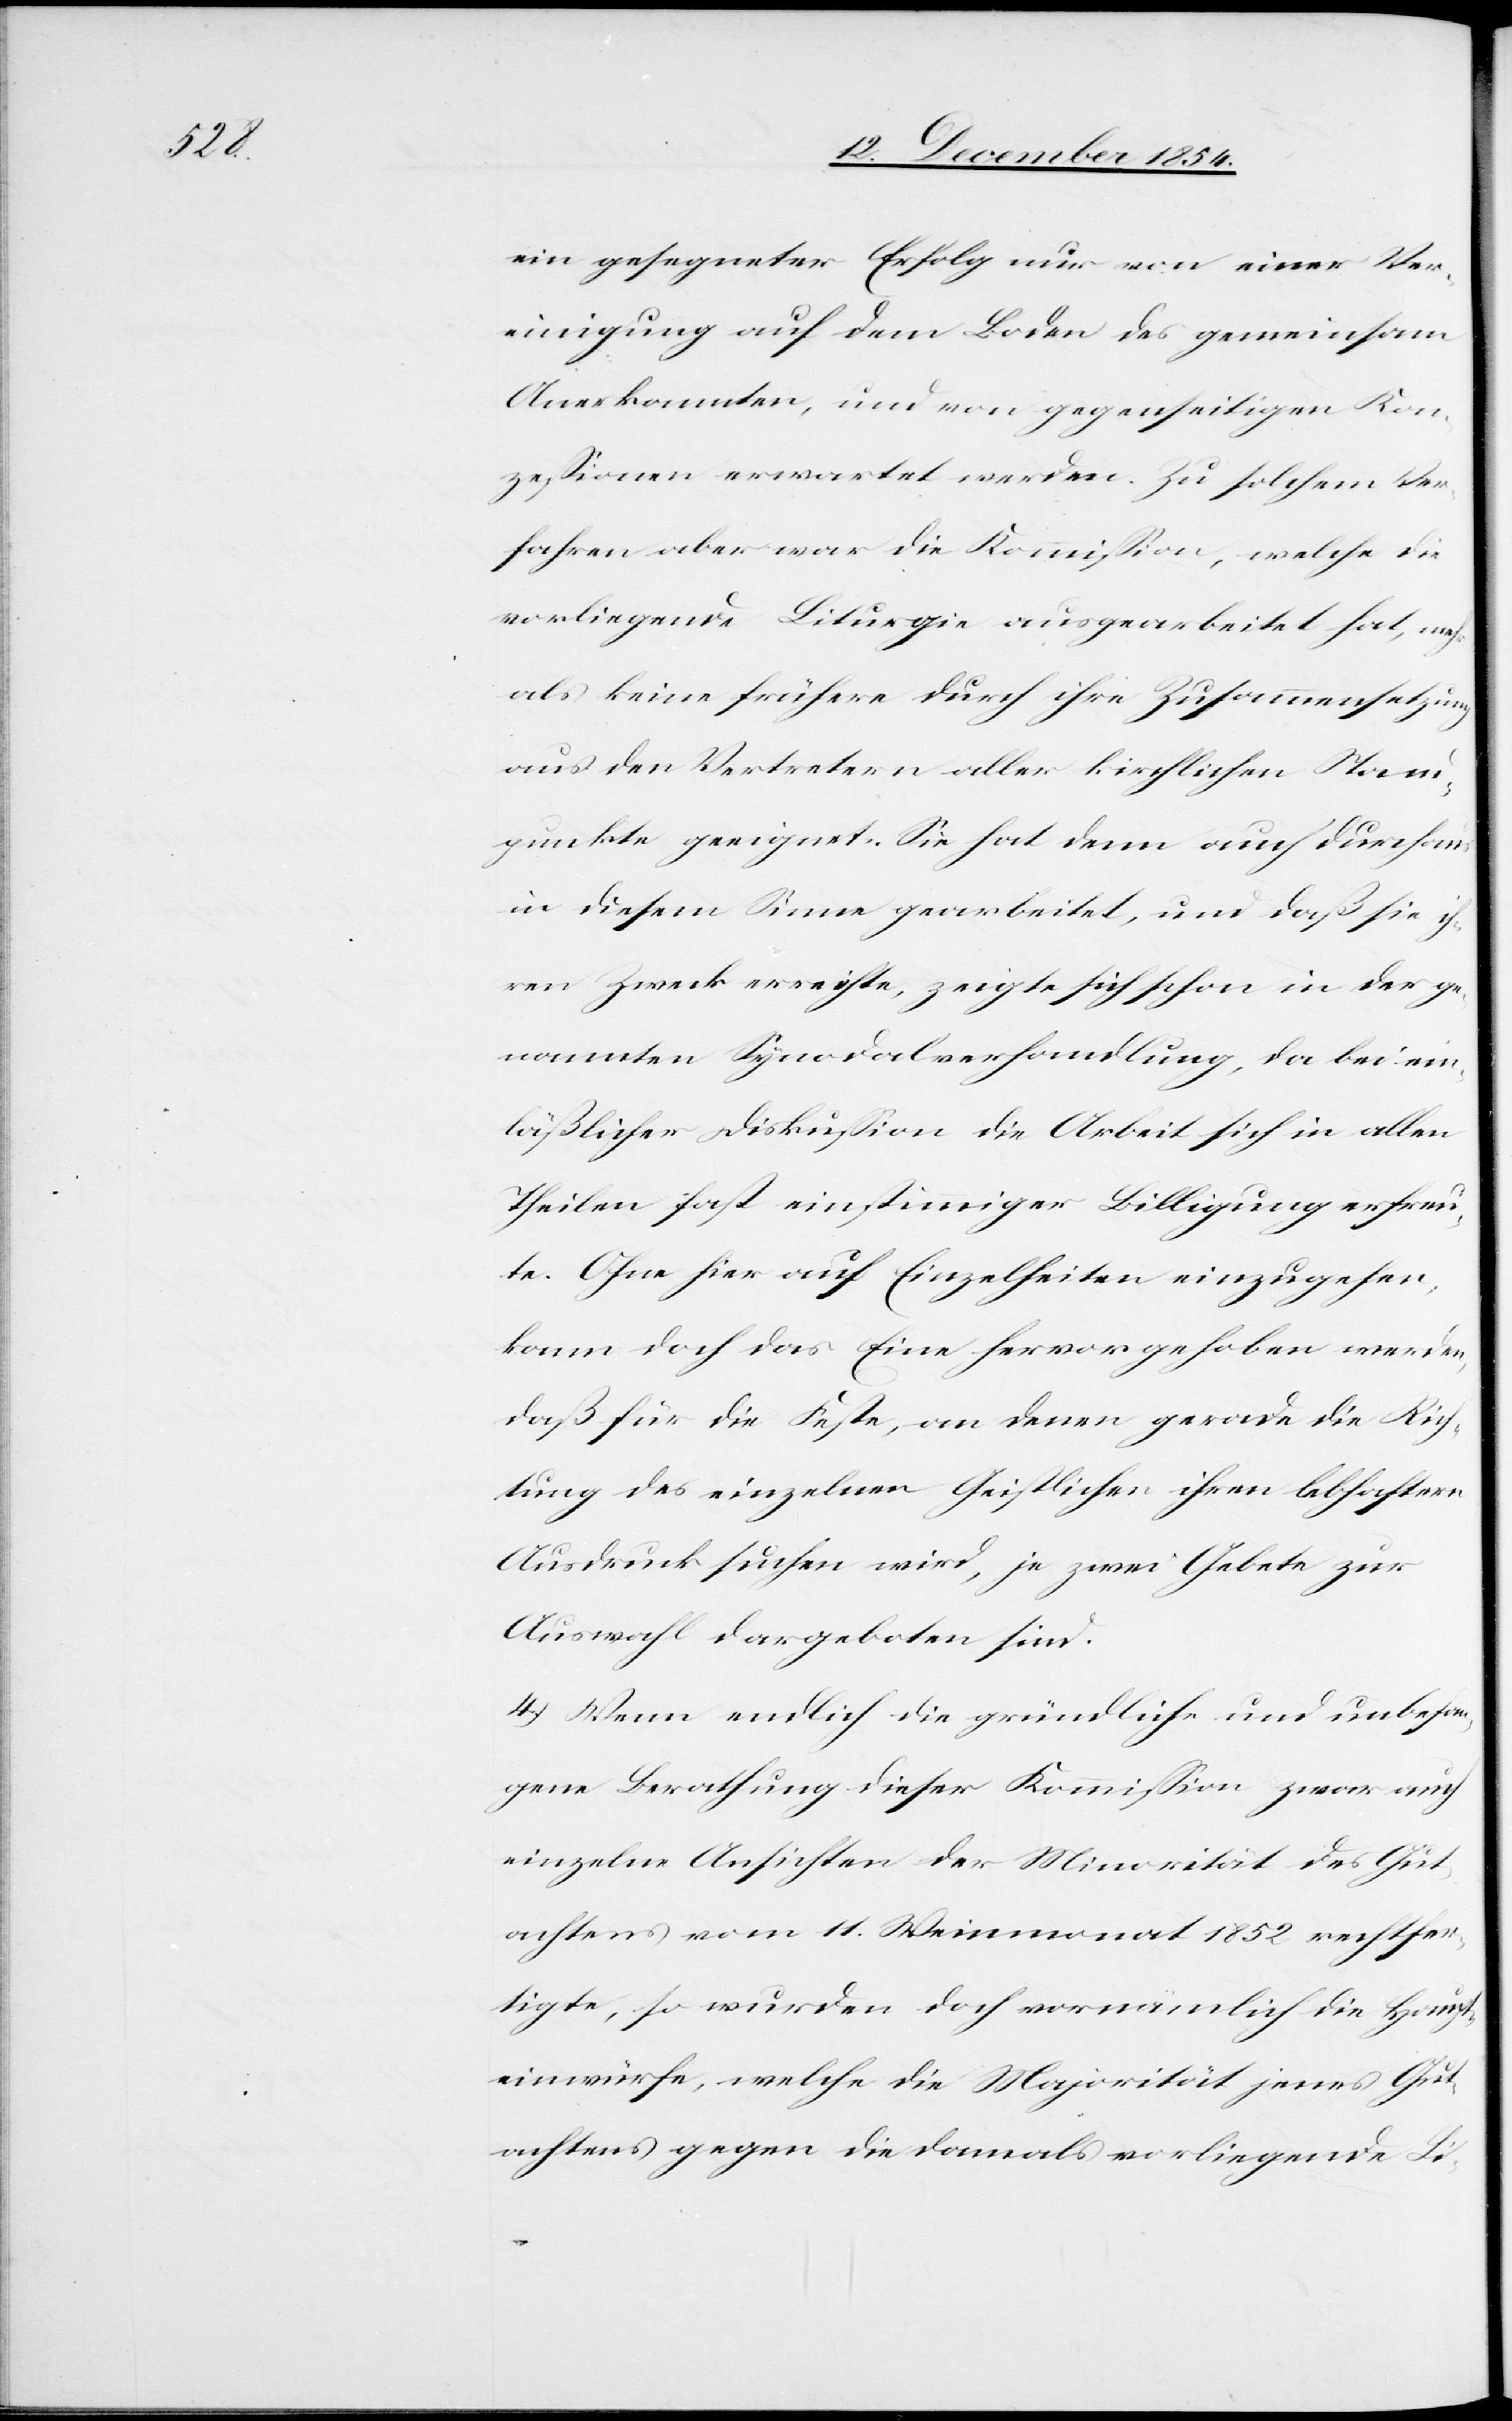
ein gesegneter Erfolg nur von einer Ve¬
reinigung auf dem Boden des gemeinsam
Anerkannten, und von gegenseitigen Kon¬
zeßionen erwartet werden. Zu solchem Ver¬
fahren aber war die Kommißion, welche die
vorliegende Liturgie ausgearbeitet hat, mehr
als keine frühere durch ihre Zusammensetzung
aus den Vertretern aller kirchlichen Stand¬
punkte geeignet. Sie hat denn auch durchaus
in diesem Sinne gearbeitet, und daß sie ih¬
ren Zweck erreichte, zeigte sich schon in der ge¬
nannten Synodalverhandlung, da bei ein¬
läßlicher Diskußion die Arbeit sich in allen
Theilen fast einstimmiger Billigung erfreu¬
te. Ohne hier auf Einzelheiten einzugehen,
kann doch das Eine hervorgehoben werden,
daß für die Feste, an denen gerade die Rich¬
tung des einzelnen Geistlichen ihren lebhaftern
Ausdruck suchen wird, je zwei Gebete zur
Auswahl dargeboten sind.
4.) Wenn endlich die gründliche und unbefan¬
gene Berathung dieser Kommißion zwar auch
einzelne Ansichten der Minorität des Gut¬
achtens vom 11. Weinmonat 1852 rechtfer¬
tigte, so wurden doch vornämlich die Haupt¬
einwürfe, welche die Majorität jenes Gut¬
achtens gegen die damals vorliegende Li-